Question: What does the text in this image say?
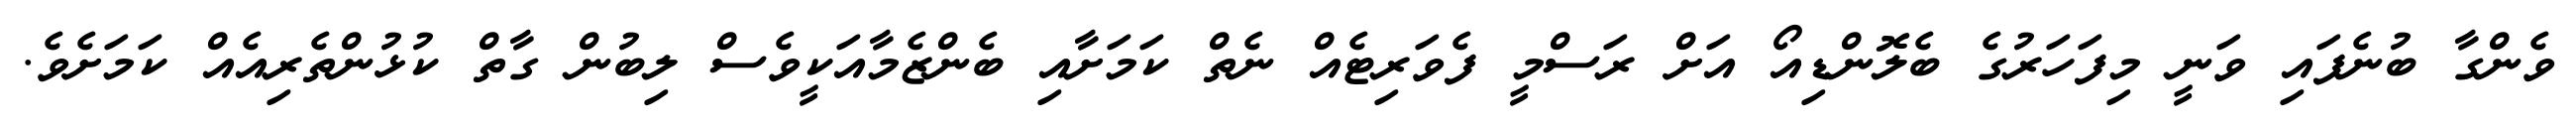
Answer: ވެންގާ ބުނެފައި ވަނީ މިފަހަރުގެ ބެލޮންޑިއޯ އަށް ރަސްމީ ފެވަރިޓެއް ނެތް ކަމަށާއި ބެންޒެމާއަކީވެސް ލިބުން ގާތް ކުޅުންތެރިއެއް ކަމަށެވެ.